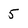
Character: 5